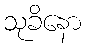
သုခိနော